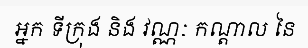
អ្នក ទីក្រុង និង វណ្ណៈ កណ្តាល នៃ